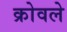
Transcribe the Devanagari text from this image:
क्रोवले